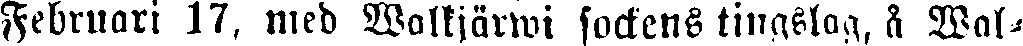
Februari 17. med Woltjärwi sockens tingslag, å Wal-